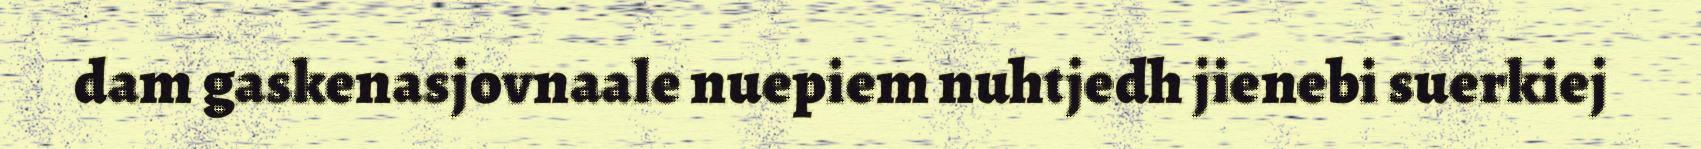
dam gaskenasjovnaale nuepiem nuhtjedh jienebi suerkiej